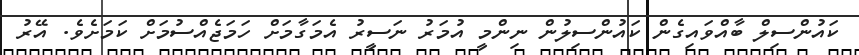
ކައުންސިލް ބާއްވައިގެން ކައުންސިލުން ނިންމީ އުމަރު ނަސީރު އެމަގާމަށް ހަމަޖެއްސުމަށް ކަމަށެވެ. އޭރު